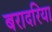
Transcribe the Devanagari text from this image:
बरादरिया